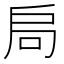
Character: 𭠂